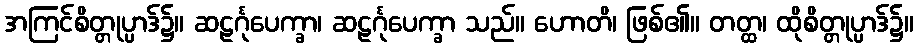
အကြင်စိတ္တုပ္ပာဒ်၌။ ဆဠင်္ဂုပေက္ခာ၊ ဆဠင်္ဂုပေက္ခာ သည်။ ဟောတိ၊ ဖြစ်၏။ တတ္ထ၊ ထိုစိတ္တုပ္ပာဒ်၌။